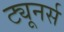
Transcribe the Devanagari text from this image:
ट्यूनर्स